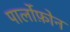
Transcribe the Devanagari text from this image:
पार्लोफ़ोन